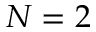
N = 2